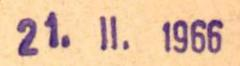
21.II.1966